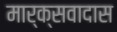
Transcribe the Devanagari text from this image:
मार्क्सवादास